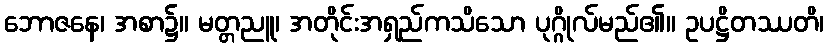
ဘောဇနေ၊ အစာ၌။ မတ္တညူ၊ အတိုင်းအရှည်ကသိသော ပုဂ္ဂိုလ်မည်၏။ ဥပဋ္ဌိတဿတိ၊